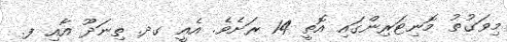
މިވަގުތު މޮނިޓަރިންގައި އޮތީ 14 ރަށެވެ. އެއީ ގދ. ތިނަދޫ އާއި ފ.